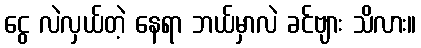
ငွေ လဲလှယ်တဲ့ နေရာ ဘယ်မှာလဲ ခင်ဗျား သိလား။